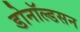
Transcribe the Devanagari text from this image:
डोनॉल्डसन